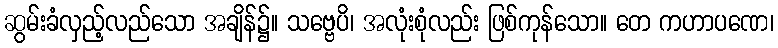
ဆွမ်းခံလှည့်လည်သော အချိန်၌။ သဗ္ဗေပိ၊ အလုံးစုံလည်း ဖြစ်ကုန်သော။ တေ ကဟာပဏေ၊